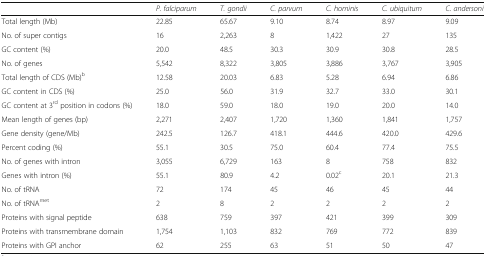
|  | P. falciparum | T. gondii | C. parvum | C. hominis | C. ubiquitum | C. andersoni |
 | --- | --- | --- | --- | --- | --- | --- |
 | Total length (Mb) | 22.85 | 65.67 | 9.10 | 8.74 | 8.97 | 9.09 |
 | No. of super contigs | 16 | 2,263 | 8 | 1,422 | 27 | 135 |
 | GC content (%) | 20.0 | 48.5 | 30.3 | 30.9 | 30.8 | 28.5 |
 | No. of genes | 5,542 | 8,322 | 3,805 | 3,886 | 3,767 | 3,905 |
 | Total length of CDS (Mb)b | 12.58 | 20.03 | 6.83 | 5.28 | 6.94 | 6.86 |
 | GC content in CDS (%) | 25.0 | 56.0 | 31.9 | 32.7 | 33.0 | 30.1 |
 | GC content at 3rd position in codons (%) | 18.0 | 59.0 | 18.0 | 19.0 | 20.0 | 14.0 |
 | Mean length of genes (bp) | 2,271 | 2,407 | 1,720 | 1,360 | 1,841 | 1,757 |
 | Gene density (gene/Mb) | 242.5 | 126.7 | 418.1 | 444.6 | 420.0 | 429.6 |
 | Percent coding (%) | 55.1 | 30.5 | 75.0 | 60.4 | 77.4 | 75.5 |
 | No. of genes with intron | 3,055 | 6,729 | 163 | 8 | 758 | 832 |
 | Genes with intron (%) | 55.1 | 80.9 | 4.2 | 0.02c | 20.1 | 21.3 |
 | No. of tRNA | 72 | 174 | 45 | 46 | 45 | 44 |
 | No. of tRNAmet | 2 | 8 | 2 | 2 | 2 | 2 |
 | Proteins with signal peptide | 638 | 759 | 397 | 421 | 399 | 309 |
 | Proteins with transmembrane domain | 1,754 | 1,103 | 832 | 769 | 772 | 839 |
 | Proteins with GPI anchor | 62 | 255 | 63 | 51 | 50 | 47 |